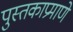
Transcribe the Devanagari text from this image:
पुस्तकाप्रमाणे